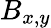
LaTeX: B_{x,y}